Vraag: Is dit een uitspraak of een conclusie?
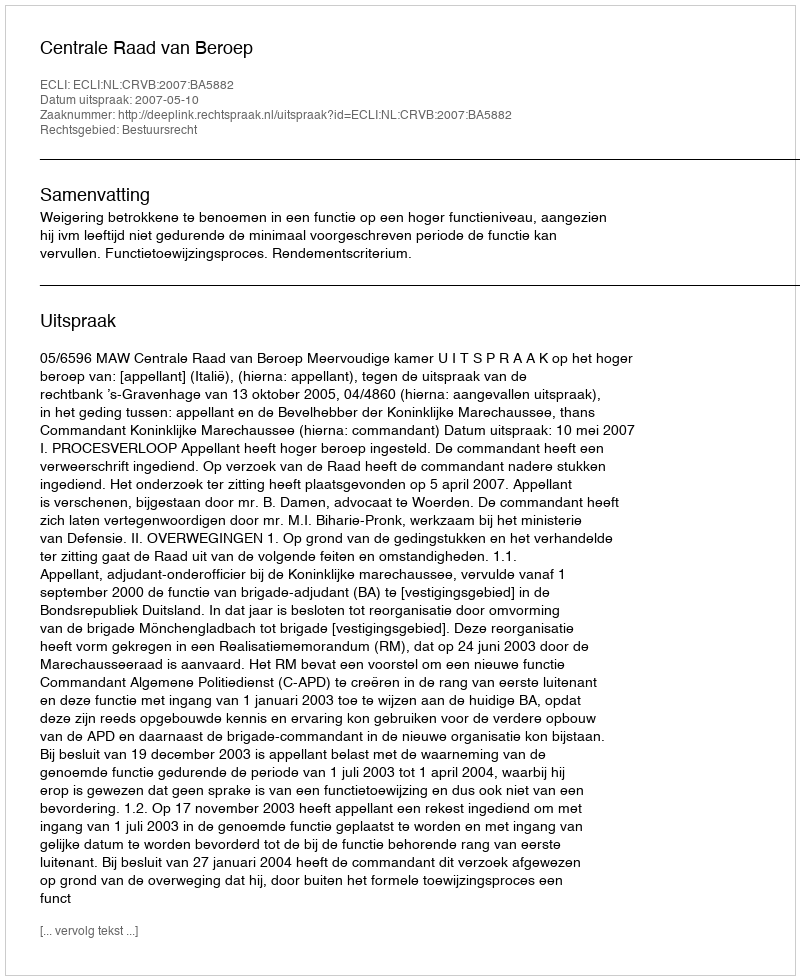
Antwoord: Uitspraak